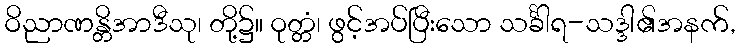
ဝိညာဏန္တိအာဒီသု၊ တို့၌။ ဝုတ္တံ၊ ဖွင့်အပ်ပြီးသော သင်္ခါရ-သဒ္ဒါ၏အနက်,